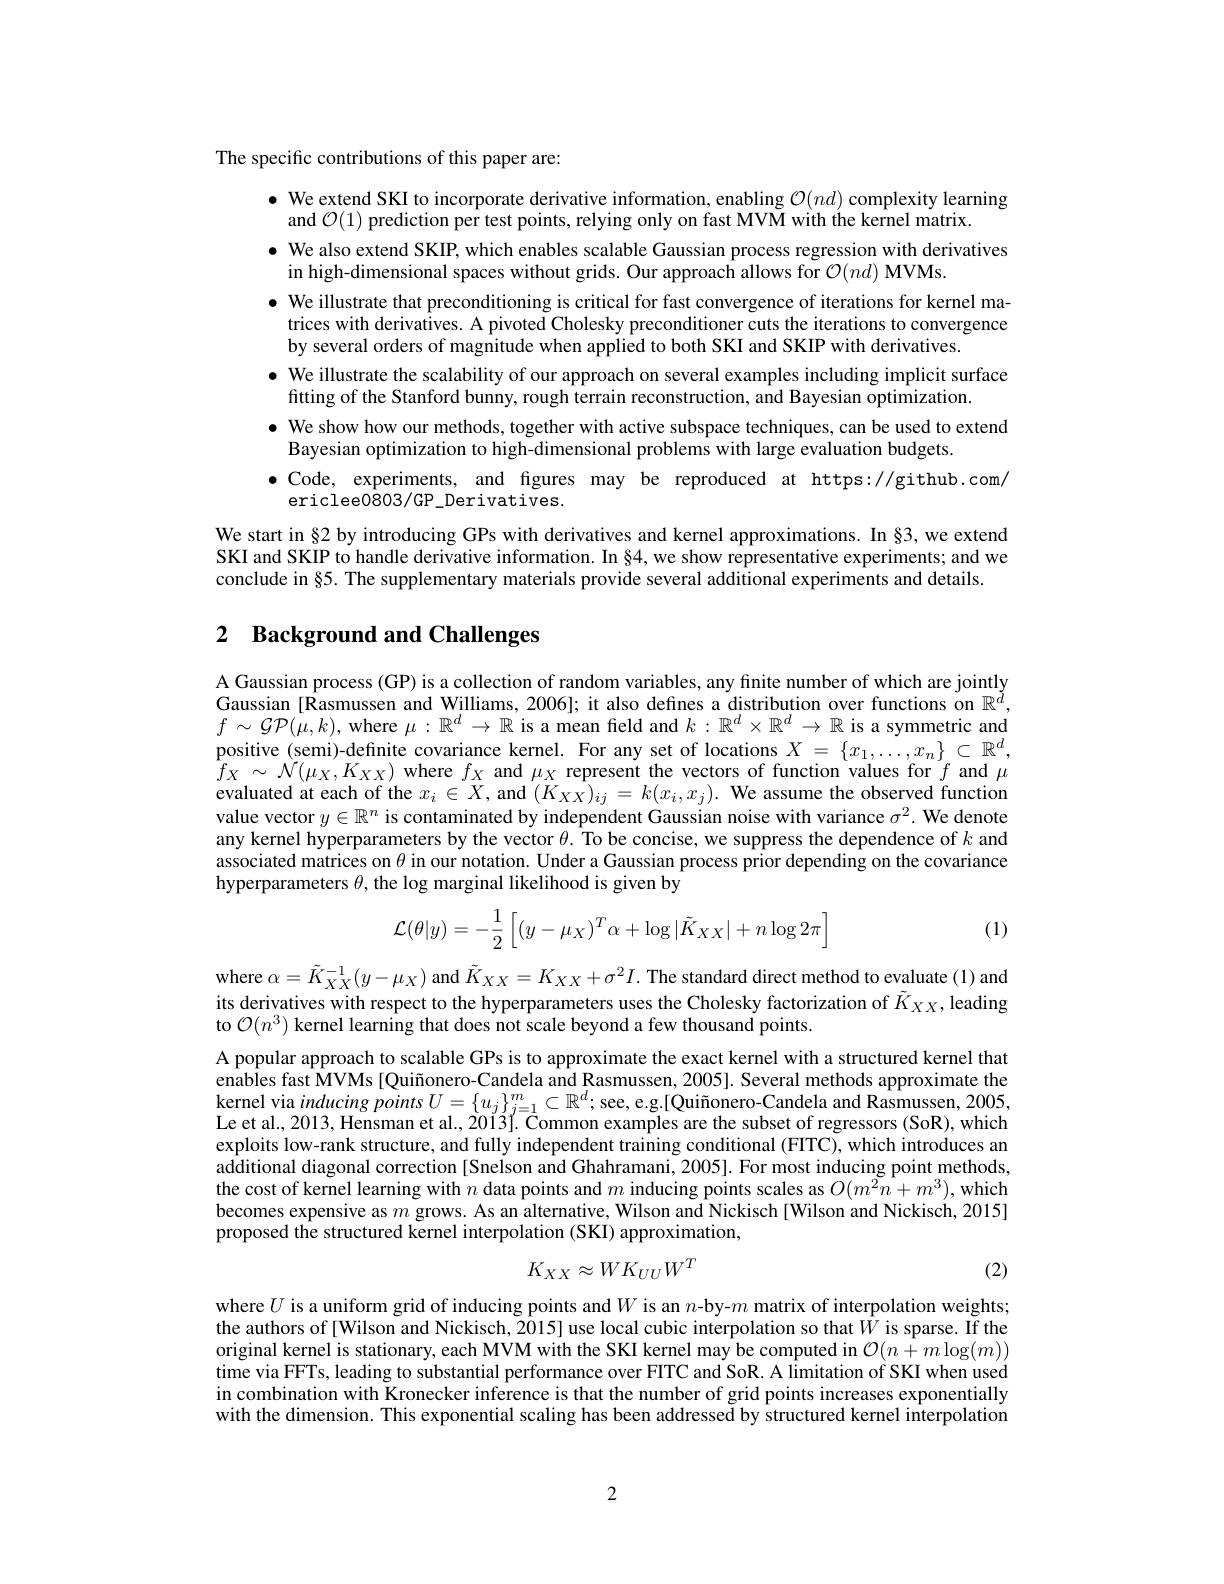
The specific contributions of this paper are:

$\bullet$ We extend SKI to incorporate derivative information, enabling $\mathcal{O}(nd)$ complexity learning
and $\mathcal{O}(1)$ prediction per test points, relying only on fast MVM with the kernel matrix.
· We also extend SKIP, which enables scalable Gaussian process regression with derivatives
in high-dimensional spaces without grids. Our approach allows for $\mathcal{O} ( nd) \textbf{MVMs}.$
$\bullet$ We illustrate that preconditioning is critical for fast convergence of iterations for kernel ma-
trices with derivatives. A pivoted Cholesky preconditioner cuts the iterations to convergence
by several orders of magnitude when applied to both SKI and SKIP with derivatives.
$\bullet$ We illustrate the scalability of our approach on several examples including implicit surface
fitting of the Stanford bunny, rough terrain reconstruction, and Bayesian optimization.
$\bullet$ We show how our methods, together with active subspace techniques, can be used to extend
Bayesian optimization to high-dimensional problems with large evaluation budgets.
$\bullet$ Code, experiments, and figures may be reproduced at https://github.com/
ericlee0803/GP_Derivatives.
We start in§2 by introducing GPs with derivatives and kernel approximations. In §3, we extend SKI and SKIP to handle derivative information. In $\S4$, we show representative experiments; and we conclude in§5. The supplementary materials provide several additional experiments and details.

# 2 Background and Challenges

A Gaussian process (GP) is a collection of random variables, any finite number of which are jointly Gaussian [Rasmussen and Williams, 2006]; it also defines a distribution over functions on $\mathbb{R}^{\acute{d}}$, $f\sim\mathcal{GP}(\mu,k)$, where $\mu:\mathbb{R}^d\to\mathbb{R}$ is a mean field and $k:\mathbb{R}^d\times\mathbb{R}^d\to\mathbb{R}$ is a symmetric and positive (semi)-definite covariance kernel. For any set of locations $X=\{x_1,\ldots,x_n\}\subset\mathbb{R}^d$, $\hat{f}_{X}\sim\dot{\mathcal{N}}(\mu_{X},K_{XX})$ where $f_X$ and $\mu_X$ represent the vectors of function values for $f$ and $\mu$ evaluated at each of the $x_i\in X$, and $(K_{XX})_{ij}=k(x_i,x_j).$ We assume the observed function value vector $y\in\mathbb{R}^n$ is contaminated by independent Gaussian noise with variance $\sigma^2.$ We denote any kernel hyperparameters by the vector $\theta.$ To be concise, we suppress the dependence of $k$ and associated matrices on $\theta$ in our notation. Under a Gaussian process prior depending on the covariance hyperparameters $\theta$, the log marginal likelihood is given by
$$\mathcal{L}(\theta|y)=-\frac{1}{2}\left[(y-\mu_{X})^{T}\alpha+\log|\tilde{K}_{XX}|+n\log2\pi\right]$$
(1)

where $\alpha=\tilde{K}_{XX}^{-1}(y-\mu_{X})$ and $\tilde{K}_{XX}=K_{XX}+\sigma^{2}I.$ The standard direct method to evaluate (1) and its derivatives with respect to the hyperparameters uses the Cholesky factorization of $\tilde{K}_{XX}$, leading to $\mathcal{O}(n^3)$ kernel learning that does not scale beyond a few thousand points.

A popular approach to scalable GPs is to approximate the exact kernel with a structured kernel that enables fast MVMs [Quiñonero-Candela and Rasmussen, 2005]. Several methods approximate the kernel via $inducing\textit{points }U= \{ u_j\} _{j= 1}^m\subset \mathbb{R} ^d;$see, e.g.[Quiñonero-Candela and Rasmussen, 2005, Le et al., 2013, Hensman et al., 2013]. Common examples are the subset of regressors (SoR), which exploits low-rank structure, and fully independent training conditional (FITC), which introduces an additional diagonal correction [Snelson and Ghahramani, 2005]. For most inducing point methods, the cost of kernel learning with $n$ data points and $m$ inducing points scales as $O(m^2n+m^3)$, which becomes expensive as $m$ grows. As an alternative, Wilson and Nickisch [Wilson and Nickisch, 2015] proposed the structured kernel interpolation (SKI) approximation,
$$K_{XX}\approx WK_{UU}W^{T}$$
(2)

where $U$ is a uniform grid of inducing points and $W$ is an $n$-by-$m$ matrix of interpolation weights; the authors of [Wilson and Nickisch, 2015] use local cubic interpolation so that $\hat{W}$ is sparse. If the original kernel is stationary, each MVM with the SKI kernel may be computed in $\mathcal{O}(n+m\log(m))$ time via FFTs, leading to substantial performance over FITC and SoR. A limitation of SKI when used in combination with Kronecker inference is that the number of grid points increases exponentially with the dimension. This exponential scaling has been addressed by structured kernel interpolation

2